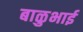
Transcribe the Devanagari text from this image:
बाळुभाई